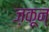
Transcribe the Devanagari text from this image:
ज़कून्